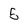
Character: 5